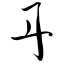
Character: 丹